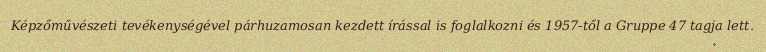
Képzőművészeti tevékenységével párhuzamosan kezdett írással is foglalkozni és 1957-től a Gruppe 47 tagja lett.